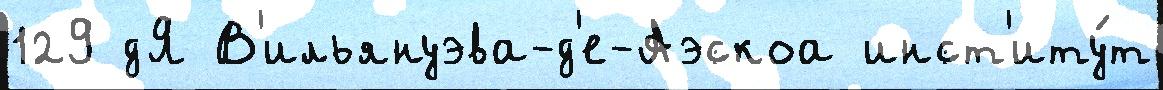
129 дЯ В'ильянуэва-д'е-Аэскоа инст'иту́т